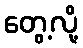
တွေ့လို့